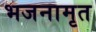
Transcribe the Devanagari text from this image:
भजनामृत